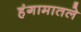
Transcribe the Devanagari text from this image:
हंगामातले